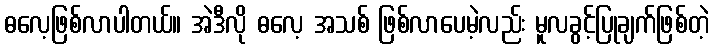
ဓလေ့ဖြစ်လာပါတယ်။ အဲဒီလို ဓလေ့ အသစ် ဖြစ်လာပေမဲ့လည်း မူလခွင့်ပြုချက်ဖြစ်တဲ့